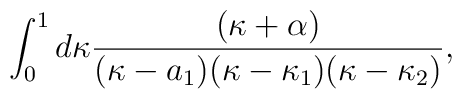
\int_0^1 d\kappa {(\kappa+\alpha)\over{(\kappa-a_1)(\kappa-\kappa_1)(\kappa-\kappa_2)}},